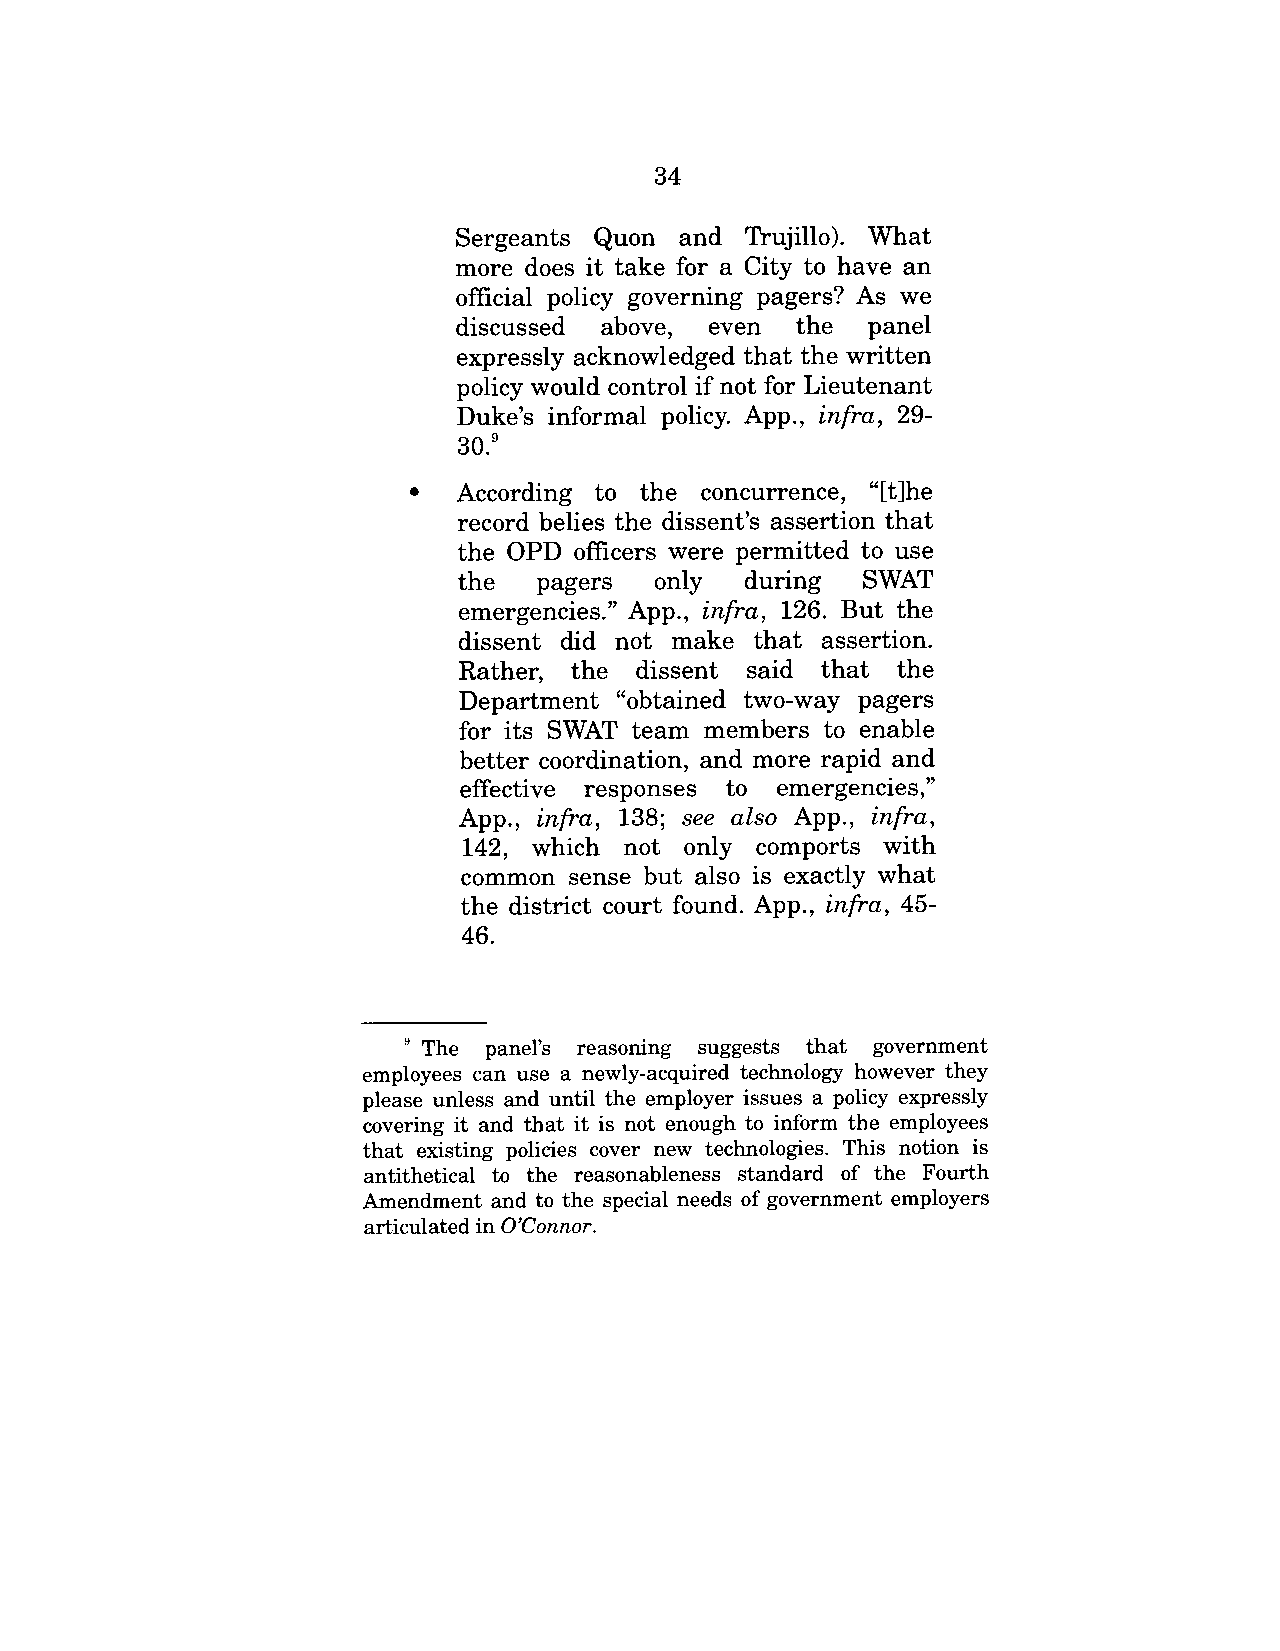
34
 Sergeants Quon  and Trujillo). What
 more does it take for a City to have an
 official policy governing pagers? As we
 discussed above, even the panel
 expressly acknowledged that the written
 policy would control if not for Lieutenant
 Duke’s informal policy. App., infra, 29-
 30.9
 According to the concurrence, "[t]he
 record belies the dissent’s assertion that
 the OPD officers were permitted to use
 the pagers only during SWAT
 emergencies." App., infra, 126. But the
 dissent did not make that assertion.
 Rather, the dissent said that the
 Department "obtained two-way pagers
 for its SWAT team members to enable
 better coordination, and more rapid and
 effective responses to emergencies,"
 App., infra, 138; see also App., infra,
 142, which not only comports with
 common   sense but also is exactly what
 the district court found. App., infra, 45-
 46.
 ~ The panel’s reasoning suggests that government
 employees can use a newly-acquired technology however they
 please unless and until the employer issues a policy expressly
 covering it and that it is not enough to inform the employees
 that existing policies cover new technologies. This notion is
 antithetical to the reasonableness standard of the Fourth
 Amendment and to the special needs of government employers
 articulated in O’Connor.